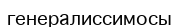
генералиссимосы